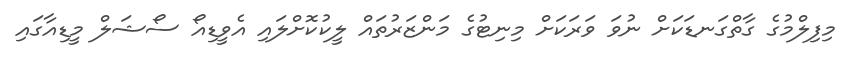
މިފިލްމުގެ ގާތްގަނޑަކަށް ނުވަ ވަރަކަށް މިނިޓުގެ މަންޒަރުތައް ލީކުކޮށްލައި އެވީޑިއޯ ސޯޝަލް މީޑިއާގައި